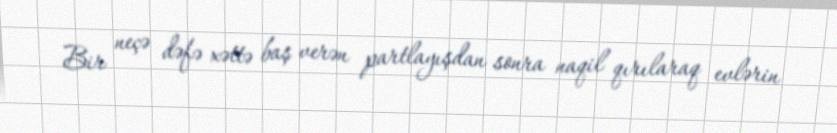
Bir neçə dəfə xəttə baş verən partlayışdan sonra naqil qırılaraq evlərin